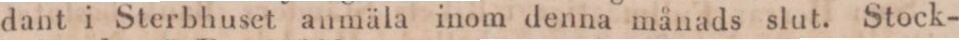
dant i Sterbhuset anmäla inom denna månads slut. Stock-